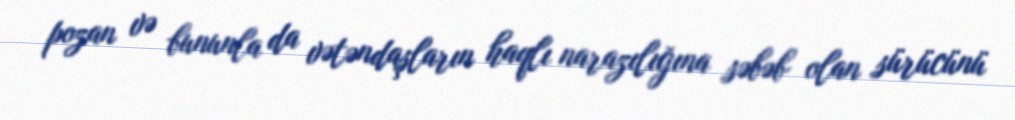
pozan və bununla da vətəndaşların haqlı narazılığına səbəb olan sürücünü